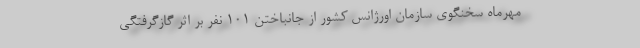
مهرماه سخنگوی سازمان اورژانس کشور از جانباختن ١٠١ نفر بر اثر گازگرفتگی